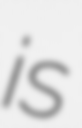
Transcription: is